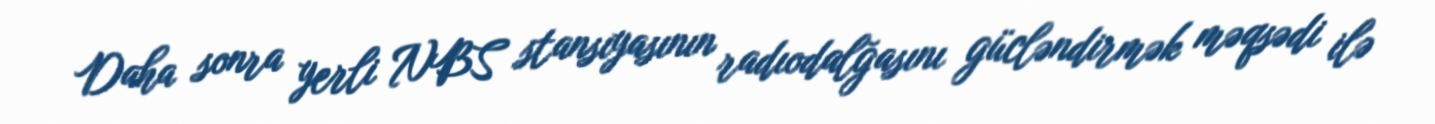
Daha sonra yerli NBS stansıyasının radıodalğasını gücləndirmək məqsədi ilə